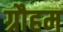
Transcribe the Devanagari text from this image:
ग्रौहम